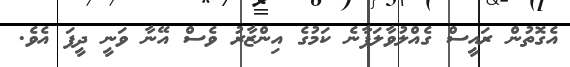
އެގޮތުން ރައީސް ގެއްލުވާލަފާނެ ކަމުގެ އިންޒާރު ވެސް އޭނާ ވަނީ ދީފަ އެވެ.